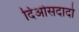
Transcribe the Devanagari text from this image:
दिओसदादो